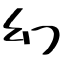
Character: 幻